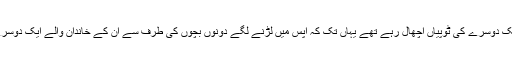
ایک مرتبہ سبق پڑھنے کے بعد مسجد سے واپسی پر دو بچے ایک دوسرے کی ٹوپیاں اچھال رہے تھے یہاں تک کہ آپس میں لڑنے لگے دونوں بچوں کی طرف سے اُن کے خاندان والے ایک دوسرے پر فائر کرنے لگے نتیجتاًکئی افراد موت کے گھاٹ اتر گئے۔